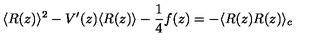
\langle R ( z ) \rangle ^ { 2 } - V ^ { \prime } ( z ) \langle R ( z ) \rangle - \frac { 1 } { 4 } f ( z ) = - \langle R ( z ) R ( z ) \rangle _ { c }